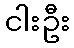
ငါးဦး